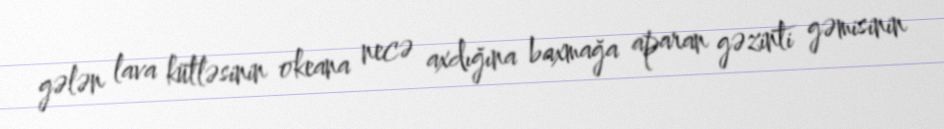
gələn lava kütləsinin okeana necə axdığına baxmağa aparan gəzinti gəmisinin